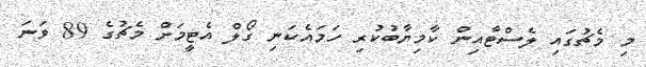
މި މެޗުގައި ލެސްޓާއިން ކާމިޔާބުކުރި ހަމައެކަނި ގޯލް އެޓީމަށް މެޗުގެ 89 ވަނަ